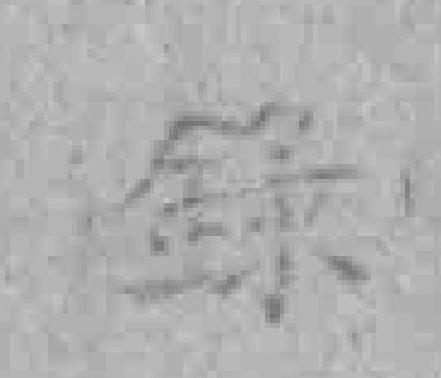
錄